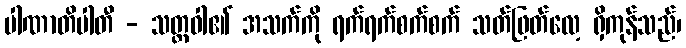
ပါဏာတိပါတီ - သတ္တဝါ၏ အသက်ကို ရက်ရက်စက်စက် သတ်ဖြတ်လေ့ ရှိကုန်သည်၊